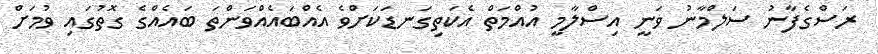
ރަސްގެފާނު ސަލްމާނު ވަނީ އިސްލާމީ އުއްމަތް އެކަތިގަނޑަކަށްވެ އެއްބައެއްވަންތަ ބައެއްގެ ގޮތުގައި ވުމަށް